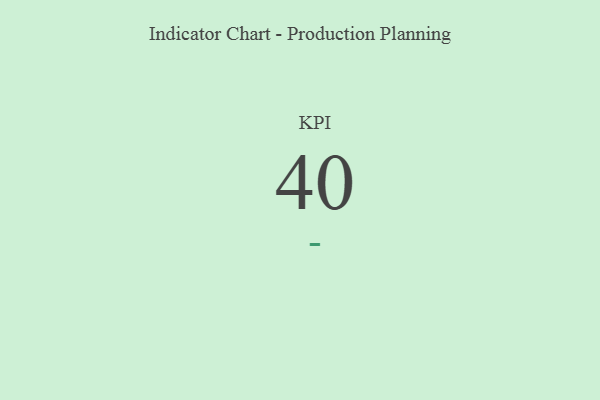
{"axis": {"x": "KPI", "y": "Value"}, "legend": [""], "data": [{"x": "KPI", "y": 40, "type": ""}]}